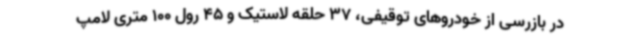
در بازرسی از خودروهای توقیفی، 37 حلقه لاستیک و 45 رول 100 متری لامپ